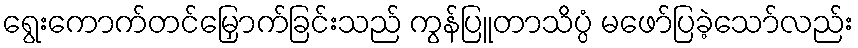
ရွေးကောက်တင်မြှောက်ခြင်းသည် ကွန်ပြူတာသိပ္ပံ မဖော်ပြခဲ့သော်လည်း